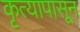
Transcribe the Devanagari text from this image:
कृत्यापासून